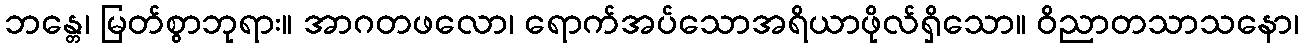
ဘန္တေ၊ မြတ်စွာဘုရား။ အာဂတဖလော၊ ရောက်အပ်သောအရိယာဖိုလ်ရှိသော။ ဝိညာတသာသနော၊